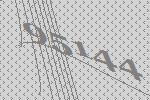
95144